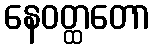
နေဝတ္ထတော